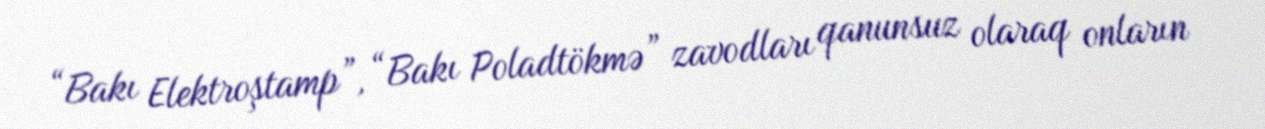
“Bakı Elektroştamp”, “Bakı Poladtökmə” zavodları qanunsuz olaraq onların